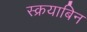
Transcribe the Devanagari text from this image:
स्क्रयाबिन